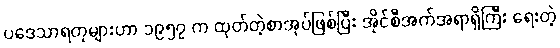
ပဒေသာရတုများဟာ ၁၉၅၇ က ထုတ်တဲ့စာအုပ်ဖြစ်ပြီး အိုင်စီအက်အရာရှိကြီး ရေးတဲ့